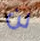
لن